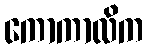
ကောကာလိက